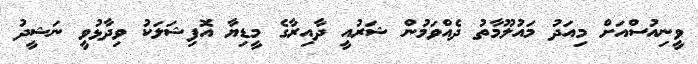
ވީނިއުސްއަށް މިއަދު މައުލޫމާތު ދެއްވަމުން ޝަރުއީ ދާއިރާގެ މީޑިޔާ އޮފިޝަލަކު ވިދާޅުވީ ނަޝީދު